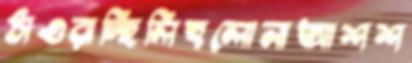
ঠাওরাচ্ছিলিহলোনাআশশ